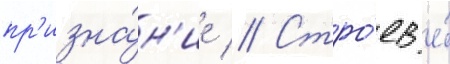
пр'изна́н'ие // Стро́ев е́